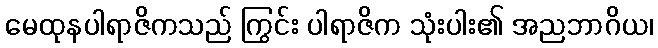
မေထုနပါရာဇိကသည် ကြွင်း ပါရာဇိက သုံးပါး၏ အညဘာဂိယ၊